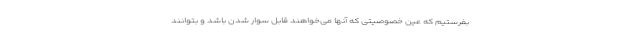
بفرستیم که عین خصوصیتی که آنها می‌خواهند قابل سوار شدن باشد و بتوانند